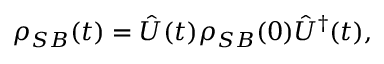
\rho _ { S B } ( t ) = { \hat { U } } ( t ) \rho _ { S B } ( 0 ) { \hat { U } } ^ { \dagger } ( t ) ,